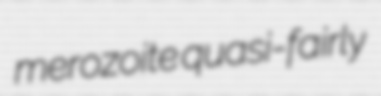
merozoite quasi-fairly